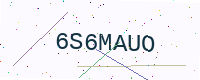
Text: 6S6MAUO